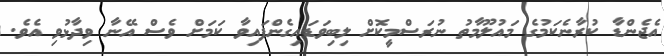
އެޖެންޑާ ކުރާނެކަމުގެ މައުލޫމާތު ނުރަސްމީކޮށް ލިބިވަޑައިގެންފައިވާ ކަމަށް ވެސް އޭނާ ވިދާޅުވި އެވެ.